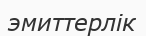
эмиттерлік